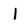
Character: I